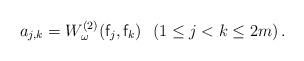
LaTeX: \begin{align*} a_{j,k} = W^{(2)}_\omega({\sf f}_j,{\sf f}_k) \ \ (1 \le j < k \le 2m)\,.\end{align*}